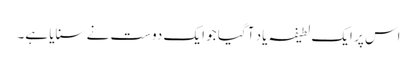
اس پر ایک لطیفہ یاد آ گیا جو ایک دوست نے سنایا ہے۔